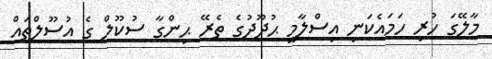
މާލޭގަ ހުރި ހަމައެކަނި އިސްލާމީ ޙުދޫދުގެ ތެރޭ ޙިންގާ ސުކޫލް ގެ އުސޫލްތައް